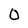
Character: O